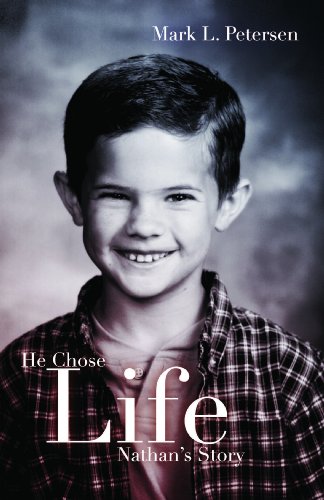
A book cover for He Chose Life: Nathan's Story; Mark L. Petersen; Parenting & Relationships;